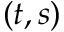
( t , s )